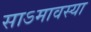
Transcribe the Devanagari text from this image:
साऽमावस्या